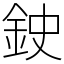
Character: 鉂